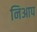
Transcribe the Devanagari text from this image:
निआप